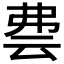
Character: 𬽀